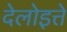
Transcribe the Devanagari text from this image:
देलोइत्ते